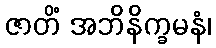
ဇာတိံ အဘိနိက္ခမနံ၊